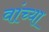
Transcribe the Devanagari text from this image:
वांच्या